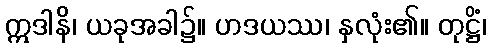
ဣဒါနိ၊ ယခုအခါ၌။ ဟဒယဿ၊ နှလုံး၏။ တုဋ္ဌိံ၊